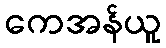
ကေအန်ယူ